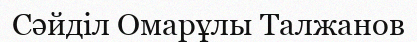
Сәйділ Омарұлы Талжанов